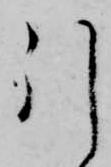
引